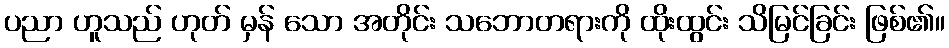
ပညာ ဟူသည် ဟုတ် မှန် သော အတိုင်း သဘောတရားကို ထိုးထွင်း သိမြင်ခြင်း ဖြစ်၏။